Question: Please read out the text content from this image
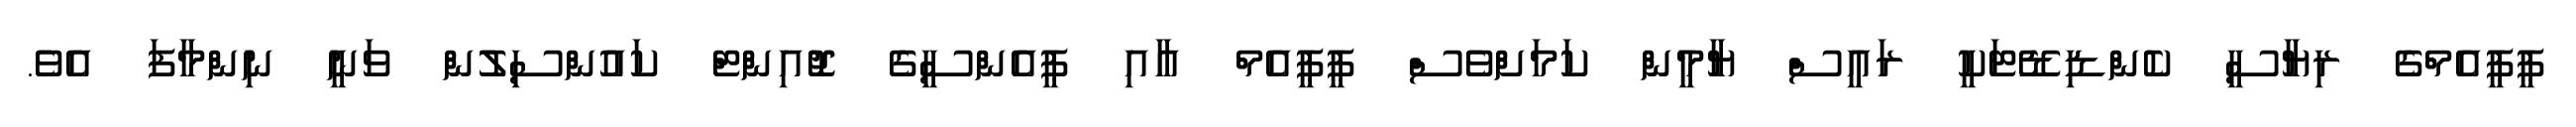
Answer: ޕީޕީއެމްގެ ރިޔާސީ ކެންޑިޑޭޓަކީ ރައީސް ޔާމީން ކަމަށްވެސް ޕީޕީއެމް އާއި ޕީއެންސީގެ ޖޮއިންޓް ކައުންސިލުން ވަނީ ނިންމާފަ އެވެ.